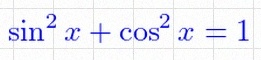
\sin^2x+\cos^2x=1